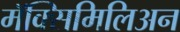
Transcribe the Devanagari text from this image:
मॅक्सिमिलिअन